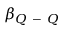
\beta _ { Q \mathrm { ~ - ~ } Q }